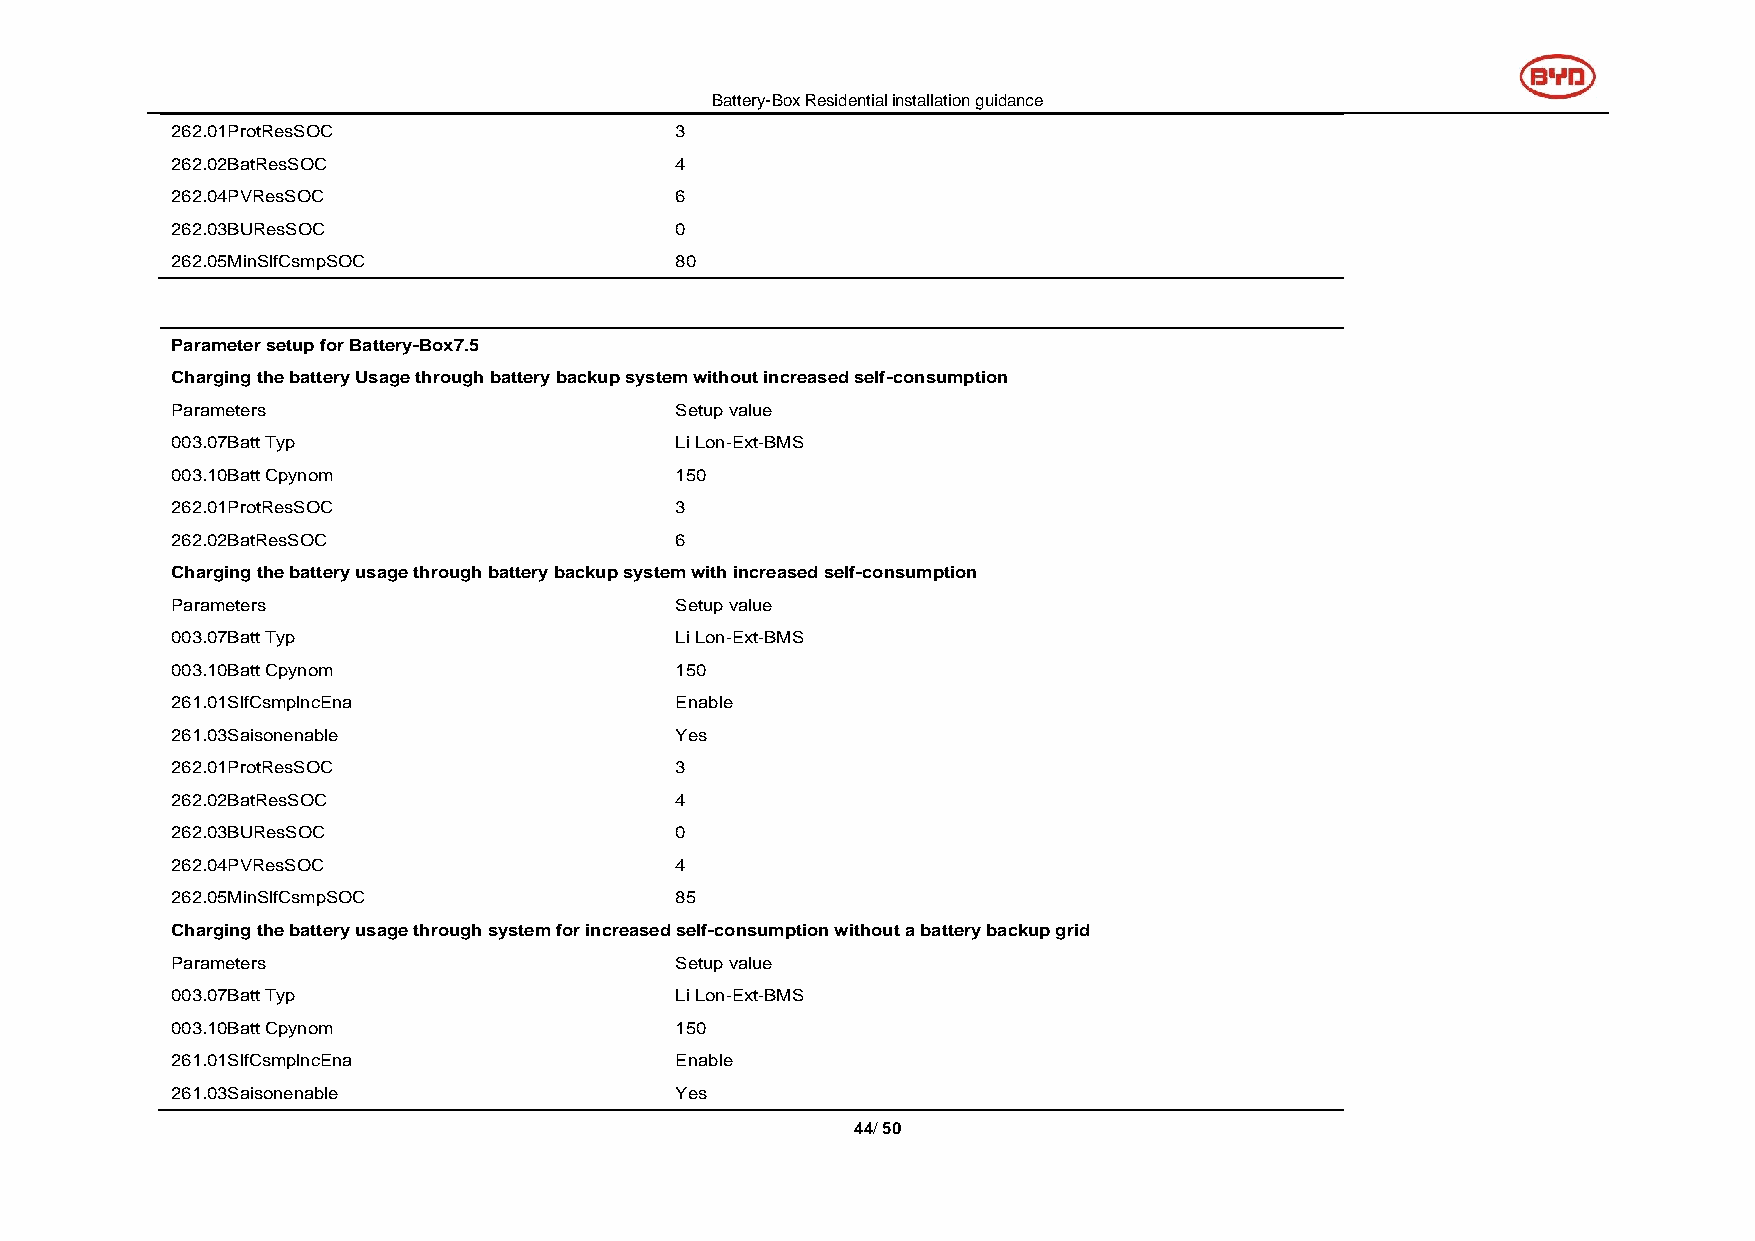
Battery-Box Residential installation guidance
 262.01ProtResSOC                  3
 262.02BatResSOC                   4
 262.04PVResSOC                    6
 262.03BUResSOC                    0
 262.05MinSlfCsmpSOC               80
 Parameter setup for Battery-Box7.5
 Charging the battery Usage through battery backup system without increased self-consumption
 Parameters                        Setup value
 003.07Batt Typ                    Li Lon-Ext-BMS
 003.10Batt Cpynom                 150
 262.01ProtResSOC                  3
 262.02BatResSOC                   6
 Charging the battery usage through battery backup system with increased self-consumption
 Parameters                        Setup value
 003.07Batt Typ                    Li Lon-Ext-BMS
 003.10Batt Cpynom                 150
 261.01SlfCsmplncEna               Enable
 261.03Saisonenable                Yes
 262.01ProtResSOC                  3
 262.02BatResSOC                   4
 262.03BUResSOC                    0
 262.04PVResSOC                    4
 262.05MinSlfCsmpSOC               85
 Charging the battery usage through system for increased self-consumption without a battery backup grid
 Parameters                        Setup value
 003.07Batt Typ                    Li Lon-Ext-BMS
 003.10Batt Cpynom                 150
 261.01SlfCsmplncEna               Enable
 261.03Saisonenable                Yes
 44/ 50